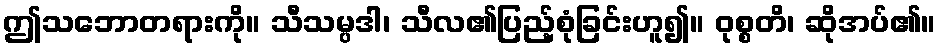
ဤသဘောတရားကို။ သီသမ္ပဒါ၊ သီလ၏ပြည့်စုံခြင်းဟူ၍။ ဝုစ္စတိ၊ ဆိုအပ်၏။